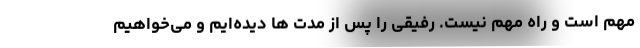
مهم است و راه مهم نیست. رفیقی را پس از مدت ها دیده‌ایم و می‌خواهیم